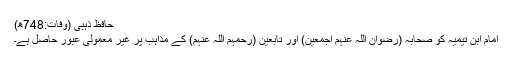
حافظ ذہبی (وفات:748ھ)
امام ابن تیمیہ کو صحابہ (رضوان اللہ عنہم اجمعین) اور تابعین (رحمہم اللہ عنہم) کے مذاہب پر غیر معمولی عبور حاصل ہے۔